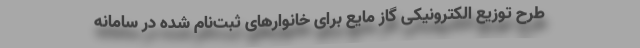
طرح توزیع الکترونیکی گاز مایع برای خانوارهای ثبت‌نام شده در سامانه